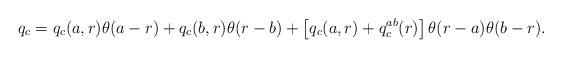
LaTeX: \begin{align*}q_c=q_c(a,r)\theta (a-r)+q_c(b,r)\theta (r-b)+\left[ q_c(a,r)+q_c^{ab}(r)\right] \theta (r-a)\theta (b-r).\end{align*}